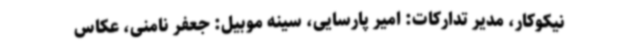
نیکوکار، مدیر تدارکات: امیر پارسایی، سینه موبیل: جعفر نامنی، عکاس